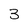
Character: 3